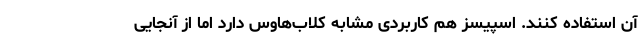
آن استفاده کنند. اسپیسز هم کاربردی مشابه کلاب‌هاوس دارد اما از آنجایی